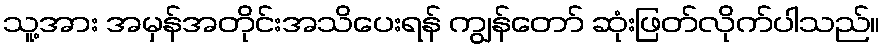
သူ့အား အမှန်အတိုင်းအသိပေးရန် ကျွန်တော် ဆုံးဖြတ်လိုက်ပါသည်။